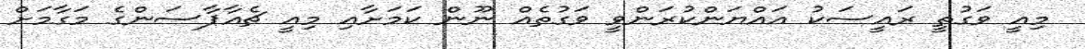
މިއީ ވަގުތީ ރައީސަކު އައްޔަންކުރަންވީ ވަގުތެއް ނޫން ކަމަށާއި މިއީ ޗެއާޕާސަންގެ މަގާމަށް